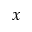
x